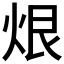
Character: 𮳨